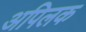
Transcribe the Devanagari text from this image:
अपिलक